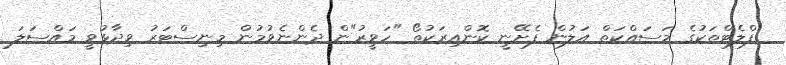
ފްލެޓްތަކުގެ މަސައްކަތް އަލުން ފެށޭނީ ކޮންއިރަކުތޯ "ހަވީރު"ން ދެންނެވުމުން މިނިސްޓަރު ވިދާޅުވީ މައްސަލަ